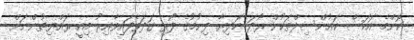
ކޮންމެ އަކަސް ކައުންސިލްތަކުން ރޯދަ ހަދިޔާ ދިނުމުގެ ފޯރި ގަދަވެފައިވާއިރު މިއީ ރައްޔިތުންނަށް